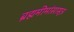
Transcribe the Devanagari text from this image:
ब्रह्ममीमांसासूत्र